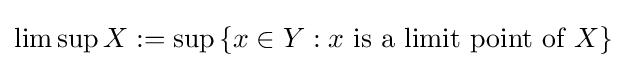
\limsup X:=\sup \,\{x\in Y:x{\text{ is a limit point of }}X\}